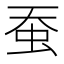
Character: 蚕